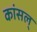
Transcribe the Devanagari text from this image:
कांसल्